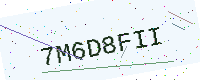
Text: 7M6D8FII